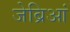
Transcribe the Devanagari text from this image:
जेब्रिआं